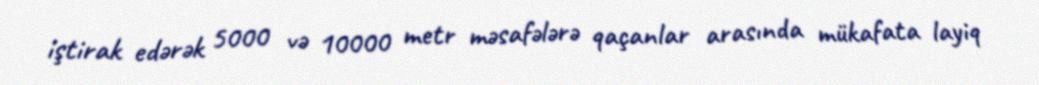
iştirak edərək 5000 və 10000 metr məsafələrə qaçanlar arasında mükafata layiq